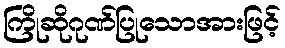
ကြိုဆိုဂုဏ်ပြုသောအားဖြင့်